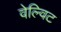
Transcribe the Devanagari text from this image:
वेल्विट